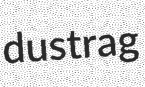
dustrag